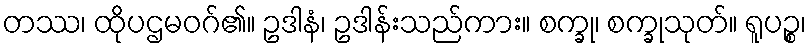
တဿ၊ ထိုပဌမဝဂ်၏။ ဥဒါနံ၊ ဥဒါန်းသည်ကား။ စက္ခု၊ စက္ခုသုတ်။ ရူပဉ္စ၊